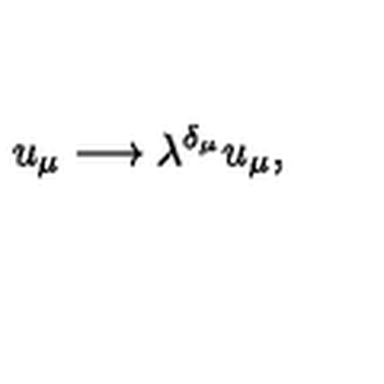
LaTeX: u _ { \mu } \longrightarrow \lambda ^ { \delta _ { \mu } } u _ { \mu } ,